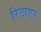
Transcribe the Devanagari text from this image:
रिटाएर